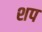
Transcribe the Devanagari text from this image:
शप